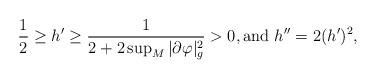
LaTeX: \begin{align*} \frac{1}{2}\geq h' \geq \frac{1}{2+2\sup_M |\partial \varphi|^2_g}>0, \textrm{and } h'' = 2 (h')^2,\end{align*}